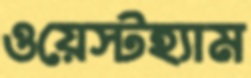
ওয়েস্টহ্যাম